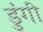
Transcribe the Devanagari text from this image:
डुंगी